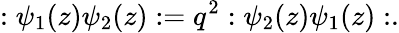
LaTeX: :\psi_{1}(z)\psi_{2}(z):=q^{2}:\psi_{2}(z)\psi_{1}(z):.